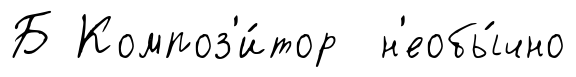
Б Композ'и́тор н'еобы́чно